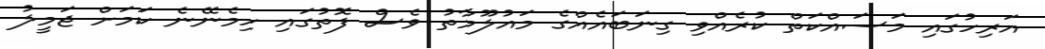
އަރިހުގައި މަސައްކަތް ކުރެއްވި ގިނަބައެއްގެ މައުލޫމާތު ވެސް ފޮތުގައި ހިމެނޭނެ ކަމަށް ޖަމީލު